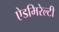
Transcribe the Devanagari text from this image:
ऐडमिरेल्टी